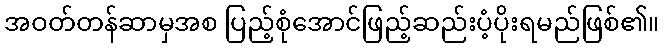
အဝတ်တန်ဆာမှအစ ပြည့်စုံအောင်ဖြည့်ဆည်းပံ့ပိုးရမည်ဖြစ်၏။